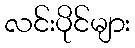
လင်းပိုင်များ